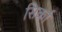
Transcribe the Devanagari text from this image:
सिर्का